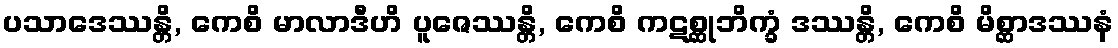
ပသာဒေဿန္တိ, ကေစိ မာလာဒီဟိ ပူဇေဿန္တိ, ကေစိ ကဋစ္ဆုဘိက္ခံ ဒဿန္တိ, ကေစိ မိစ္ဆာဒဿနံ